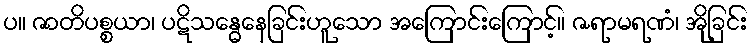
ပ။ ဇာတိပစ္စယာ၊ ပဋိသန္ဓေနေခြင်းဟူသော အကြောင်းကြောင့်။ ဇရာမရဏံ၊ အိုခြင်း